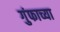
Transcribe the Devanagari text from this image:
गुंफाच्या